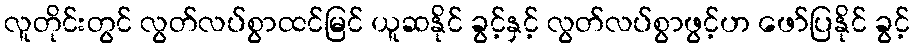
လူတိုင်းတွင် လွတ်လပ်စွာထင်မြင် ယူဆနိုင် ခွင့်နှင့် လွတ်လပ်စွာဖွင့်ဟ ဖော်ပြနိုင် ခွင့်